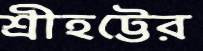
শ্রীহট্টের